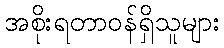
အစိုးရတာဝန်ရှိသူများ